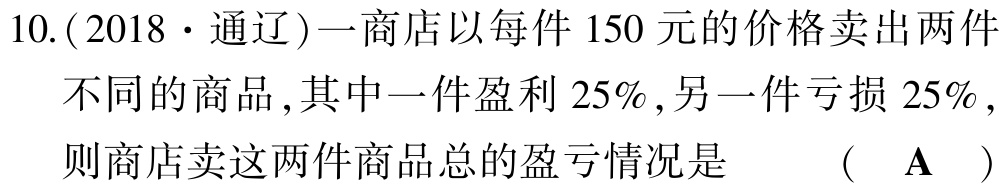
10.(2018·通辽)一商店以每件150元的价格卖出两件不同的商品,其中一件盈利25%,另一件亏损25%,则商店卖这两件商品总的盈亏情况是  （  A  ）